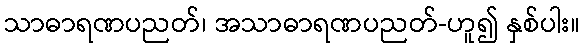
သာဓာရဏပညတ်၊ အသာဓာရဏပညတ်-ဟူ၍ နှစ်ပါး။